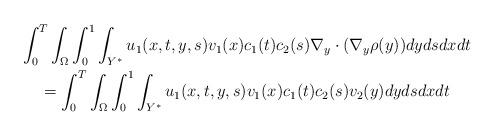
LaTeX: \begin{gather*}\int_{0}^{T}\int_{\Omega }\int_{0}^{1}\int_{Y^{\ast}}u_{1}(x,t,y,s)v_{1}(x)c_{1}(t)c_{2}(s)\nabla _{y}\cdot (\nabla _{y}\rho(y))dydsdxdt \\=\int_{0}^{T}\int_{\Omega }\int_{0}^{1}\int_{Y^{\ast}}u_{1}(x,t,y,s)v_{1}(x)c_{1}(t)c_{2}(s)v_{2}(y)dydsdxdt\end{gather*}